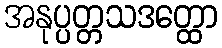
အနုပ္ပတ္တသဒတ္ထော